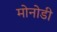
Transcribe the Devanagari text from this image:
मोनोडी